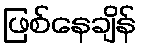
ဖြစ်နေချိန်